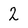
Character: 2